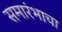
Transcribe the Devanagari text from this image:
समारंभाचा